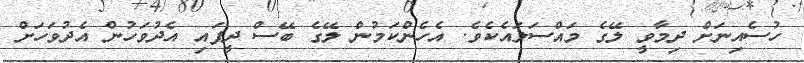
ހުސެއިނަށް ދިމާވީ ލޭގެ މައްސަލައެކެވެ. އެހެންކަމުން ލޭގެ ބޭސް ދީފައި އެދުވަހުން އެދުވަހަށް